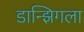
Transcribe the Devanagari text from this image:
डान्झिगला